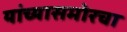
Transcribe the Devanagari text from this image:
यांच्यासमोरचा